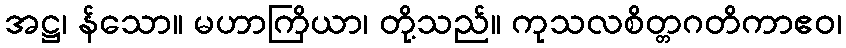
အဋ္ဌ၊ န်သော။ မဟာကြိယာ၊ တို့သည်။ ကုသလစိတ္တဂတိကာဧဝ၊